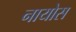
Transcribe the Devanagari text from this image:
नायोस